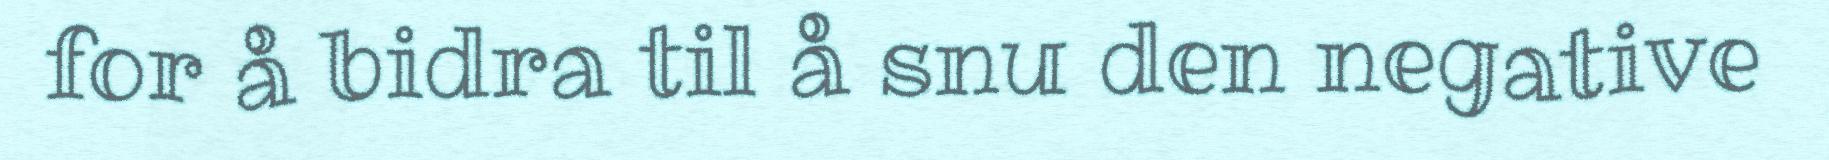
for å bidra til å snu den negative